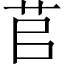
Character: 苢